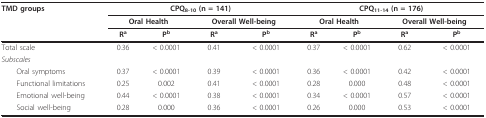
| TMD groups | <COLSPAN=4> CPQ8-10 (n = 141) | <COLSPAN=4> CPQ11-14 (n = 176) |
 |  | <COLSPAN=2> Oral Health | <COLSPAN=2> Overall Well-being | <COLSPAN=2> Oral Health | <COLSPAN=2> Overall Well-being |
 |  | Ra | Pb | Ra | Pb | Ra | Pb | Ra | Pb |
 | --- | --- | --- | --- | --- | --- | --- | --- | --- |
 | Total scale | 0.36 | < 0.0001 | 0.41 | < 0.0001 | 0.37 | < 0.0001 | 0.62 | < 0.0001 |
 | Subscales |  |  |  |  |  |  |  |  |
 | Oral symptoms | 0.37 | < 0.0001 | 0.39 | < 0.0001 | 0.36 | < 0.0001 | 0.42 | < 0.0001 |
 | Functional limitations | 0.25 | 0.002 | 0.41 | < 0.0001 | 0.28 | 0.000 | 0.48 | < 0.0001 |
 | Emotional well-being | 0.44 | < 0.0001 | 0.38 | < 0.0001 | 0.34 | < 0.0001 | 0.57 | < 0.0001 |
 | Social well-being | 0.28 | 0.000 | 0.36 | < 0.0001 | 0.26 | 0.000 | 0.53 | < 0.0001 |